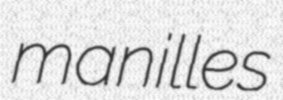
manilles